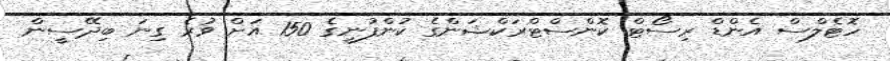
ހޮޓެލްސް އެންޑް ރިސޯޓް ކޮންސްޓްރަކްޝަންގެ ކުންފުނީގެ 150 އަށް ވުރެ ގިނަ ބިދޭސީން